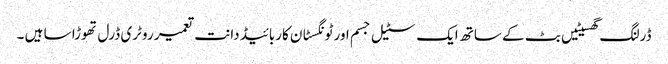
ڈرلنگ گھسیٹیں بٹ کے ساتھ ایک سٹیل جسم اور ٹونگسٹان کاربائیڈ دانت تعمیر روٹری ڈرل تھوڑا سا ہیں ۔